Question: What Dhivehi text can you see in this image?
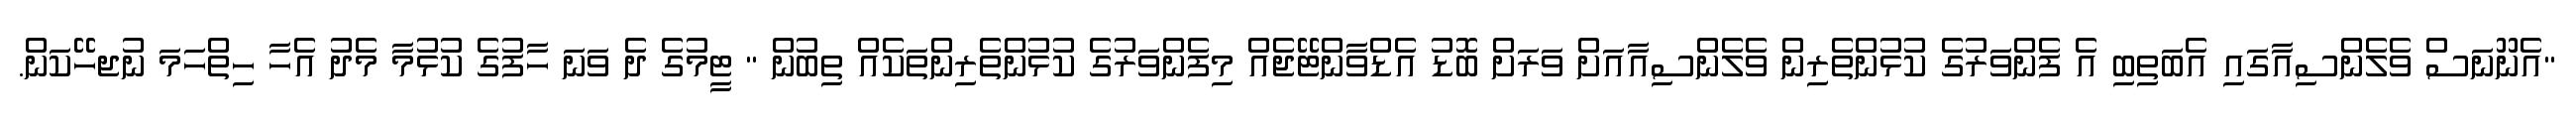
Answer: "އެނޫނަސް ވެލެންސިއާގައި އެބަތިބި އެ ފެންވަރުގެ ކުޅުންތެރިން ވެލެންސިއާއަށް ވަރަށް ބޮޑު އެޑްވާންޓޭޖެއް މިފެންވަރުގެ ކުޅުންތެރިންތަކެއް ތިބުން " ޓީމުގެ ދެ ވަނަ ހާފުގެ ކުޅުމާ މެދު އެހާ ހިތްހަމަ ނުޖހޭކަން.